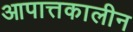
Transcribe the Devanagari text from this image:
आपात्तकालीन